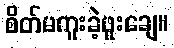
စိတ်မကူးခဲ့ဖူးချေ။